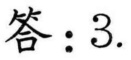
答：\(3\).